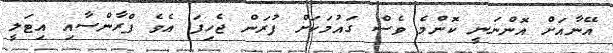
އޭނާއަށް އޮންނަނީ ކޮންމެ ވެސް ގައުމަކަށް ފުރަން ޖެހިފަ އެވެ ފްރާންސާއި އިޓަލީ